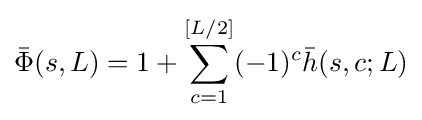
{\bar {\Phi }}(s,L)=1+\sum _{c=1}^{[L/2]}(-1)^{c}{\bar {h}}(s,c;L)